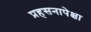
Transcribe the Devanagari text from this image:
प्रहसनापेक्षा